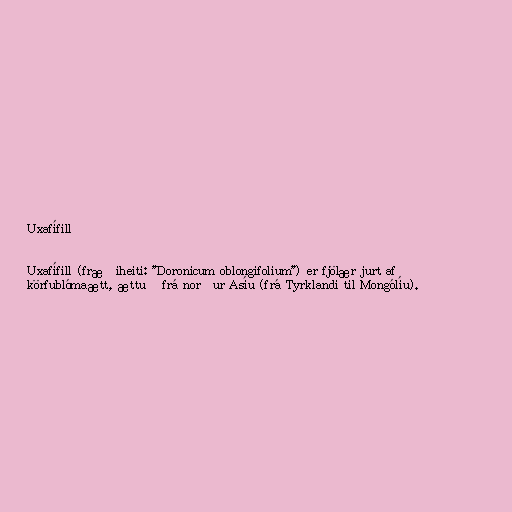
Uxafífill

Uxafífill (fræðiheiti: "Doronicum oblongifolium") er fjölær jurt af
körfublómaætt, ættuð frá norður Asíu (frá Tyrklandi til Mongólíu).